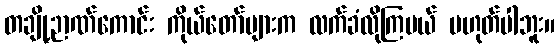
တချို့ဉာဏ်ကောင်း ကိုယ်တော်များက လက်ခံလိုကြမယ် မဟုတ်ပါဘူး။